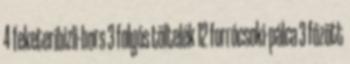
4 feketeribizli-bors 3 folyós töltelék 12 forrócsoki-pálca 3 főzött